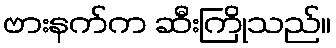
ဗားနက်က ဆီးကြိုသည်။